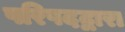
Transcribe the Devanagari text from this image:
परिषदद्वारा